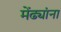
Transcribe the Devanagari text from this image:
मेंढ्यांना